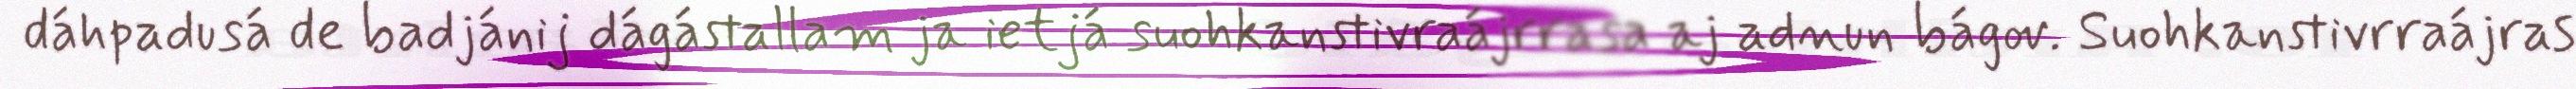
dáhpadusá de badjánij dágástallam ja ietjá suohkanstivraájrrasa aj adnun bágov. Suohkanstivrraájras